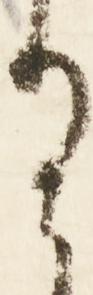
有